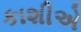
કાશીએ